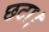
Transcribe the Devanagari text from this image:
छटा।